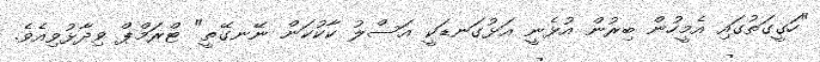
"ހަގީގަތުގައި އެމީހުން ބިރުން އުޅެނީ އަޅުގަނޑަކީ އަސްލު ކާކުކަން ނޭނގޭތީ" ޓްރަމްޕް ވިދާޅުވިއެވެ.